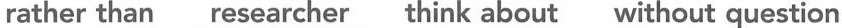
rather than researcher think about without question